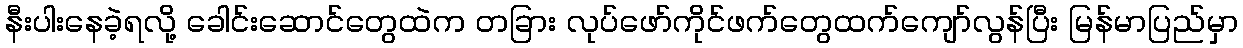
နီးပါးနေခဲ့ရလို့ ခေါင်းဆောင်တွေထဲက တခြား လုပ်ဖော်ကိုင်ဖက်တွေထက်ကျော်လွန်ပြီး မြန်မာပြည်မှာ